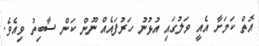
އޮތް ކަމަށާ އެއީ ވަލުގައި އުޅުނު ހަރުފައެއް ނޫން ކަން ސާބިތު ވިއެވެ.